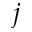
j